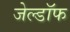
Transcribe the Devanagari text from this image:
जेल्डॉफ